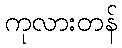
ကုလားတန်